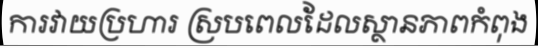
ការវាយប្រហារ ស្របពេលដែលស្ថានភាពកំពុង